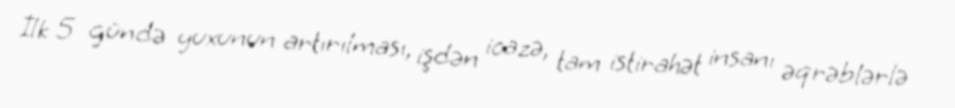
İlk 5 gündə yuxunun artırılması, işdən icazə, tam istirahət insanı əqrəblərlə